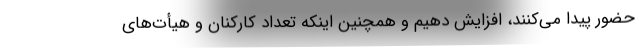
حضور پیدا می‌کنند، افزایش دهیم و همچنین اینکه تعداد کارکنان و هیأت‌های